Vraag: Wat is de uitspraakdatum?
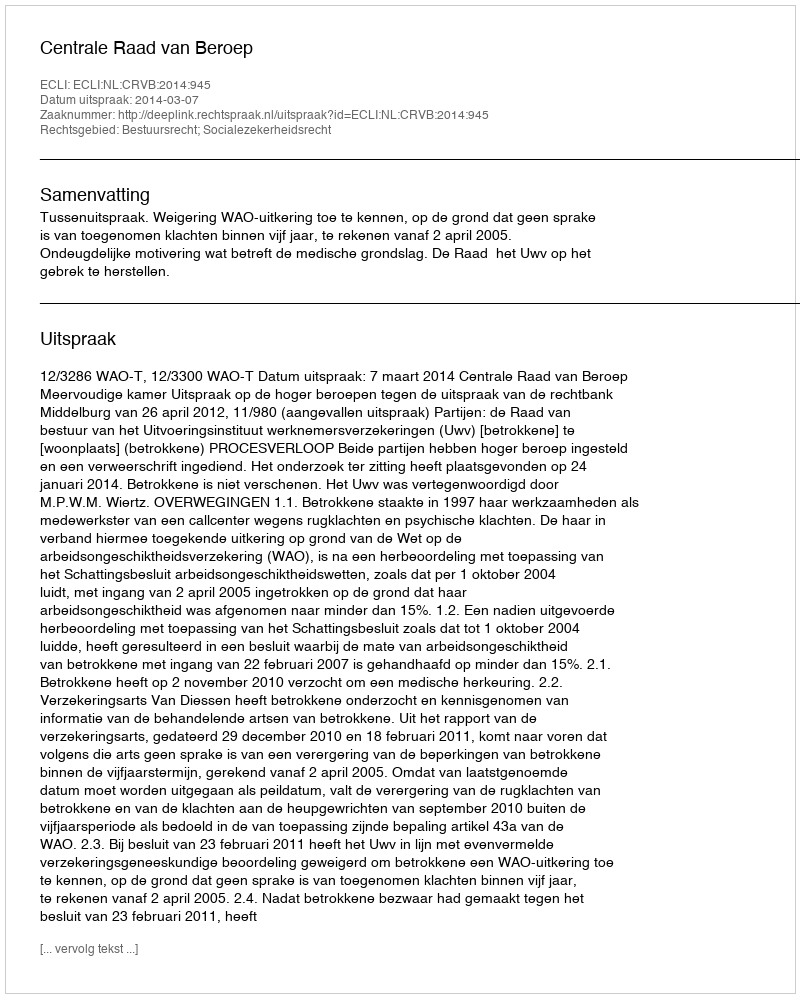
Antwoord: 2014-03-07